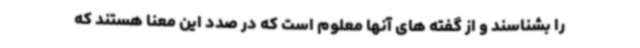
را بشناسند و از گفته های آنها معلوم است که در صدد این معنا هستند که